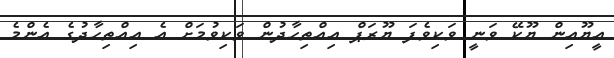
އީޔޫއިން ޔޫކޭ ވަނީ ވަކިވެފަ ޔޫރަޕް އިއްތިހާދުން ވަކިވުމަށް އެ އިއްތިހާދުގެ އެންމެ